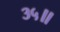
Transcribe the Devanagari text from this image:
३५॥